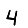
Digit: 4